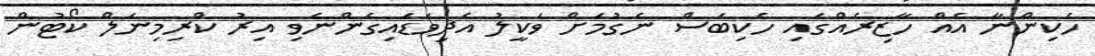
ހެކިންނާ އެއް ހާޒިރެއްގައި ހެކިބަސް ނެގުމަށް ވަކީލު އެދިވަޑައިގެންނެވި އިރު ކްރިމިނަލް ކޯޓުން